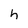
Character: h